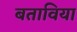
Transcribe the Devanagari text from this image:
बताविया